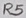
Text: R5